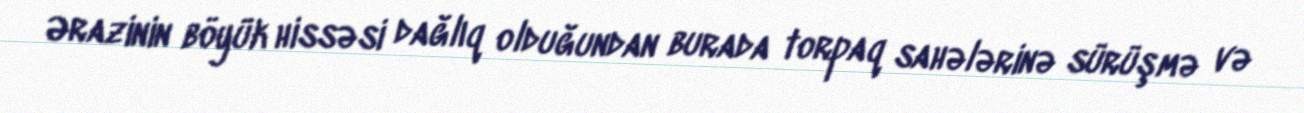
Ərazinin böyük hissəsi dağlıq olduğundan burada torpaq sahələrinə sürüşmə və